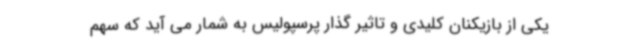
یکی از بازیکنان کلیدی و تاثیر گذار پرسپولیس به شمار می آید که سهم